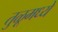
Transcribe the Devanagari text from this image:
तुळूमध्ये